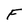
Character: F